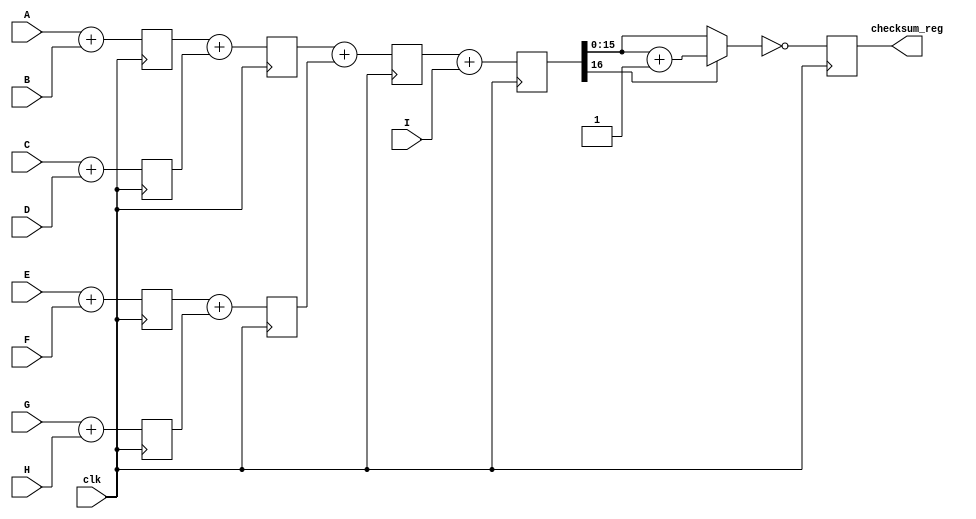
module binary_adder_tree(A, B, C, D, E, F, G, H, I, clk, checksum_reg);
	input	[15:0] A, B, C, D, E, F, G, H, I;
	input	clk;
	output	reg [15:0] checksum_reg;
	wire    [15:0]    checksum;
	wire	[16:0]    sum_a_b, sum_c_d, sum_e_f, sum_g_h, sum_ab_cd, sum_ef_gh, sum_abcd_efgh, sum_i;
	reg	[16:0]    sumreg_ab, sumreg_cd, sumreg_ef, sumreg_gh, sumreg_ab_cd, sumreg_ef_gh, sumreg_abcd_efgh, sumreg_i;
	always @ (posedge clk)
		begin
			sumreg_ab <= sum_a_b;
			sumreg_cd <= sum_c_d;
			sumreg_ef <= sum_e_f;
			sumreg_gh <= sum_g_h;
			sumreg_ab_cd <= sum_ab_cd;
			sumreg_ef_gh <= sum_ef_gh;
			sumreg_abcd_efgh <= sum_abcd_efgh;
			sumreg_i <= sum_i;
			checksum_reg <= checksum;
		end
	assign 			  sum_a_b = A + B;
	assign 			  sum_c_d = C + D;
	assign			  sum_e_f = E + F;
	assign 			  sum_g_h = G + H;
	assign 			  sum_ab_cd = sumreg_ab + sumreg_cd;
	assign 			  sum_ef_gh = sumreg_ef + sumreg_gh;
	assign 			  sum_abcd_efgh = sumreg_ab_cd + sumreg_ef_gh;
	assign			  sum_i = sumreg_abcd_efgh+I;
	assign 			  checksum = ~((sumreg_i[16]==1'b1)?(sumreg_i[15:0]+1):sumreg_i[15:0]);
endmodule